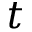
t